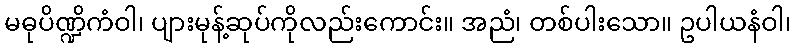
မဓုပိဏ္ဍိကံဝါ၊ ပျားမုန့်ဆုပ်ကိုလည်းကောင်း။ အညံ၊ တစ်ပါးသော။ ဥပါယနံဝါ၊